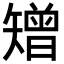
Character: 矰